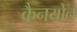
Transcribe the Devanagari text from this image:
कैनयोन